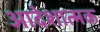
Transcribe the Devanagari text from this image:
आदेशात्‍मक